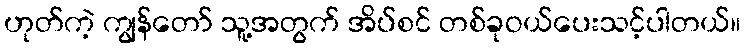
ဟုတ်ကဲ့ ကျွန်တော် သူ့အတွက် အိပ်စင် တစ်ခုဝယ်ပေးသင့်ပါတယ်။